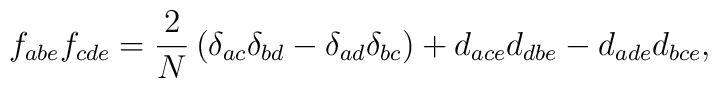
f_{abe}f_{cde}=\frac{2} {N}\left(\delta_{ac}\delta_{bd}-\delta_{ad}\delta_{bc}\right)+d_{ace}d_{dbe}-d_{ade}d_{bce},